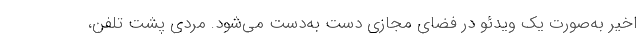
اخیر به‌صورت یک ویدئو در فضای مجازی دست به‌دست می‌شود. مردی پشت تلفن،